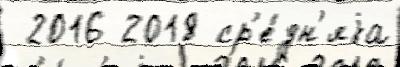
 2016 2018 ср'е́дн'яjа